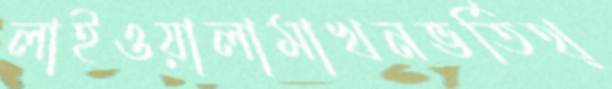
লাইওয়ালামাখনভর্তিথ্